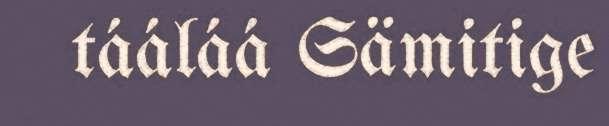
tááláá Sämitige